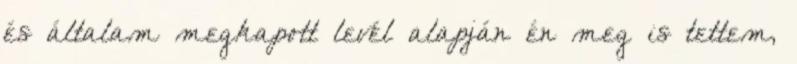
és általam megkapott levél alapján én meg is tettem,